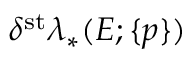
\delta ^ { \mathrm { s t } } \lambda _ { * } ( E ; \{ p \} )